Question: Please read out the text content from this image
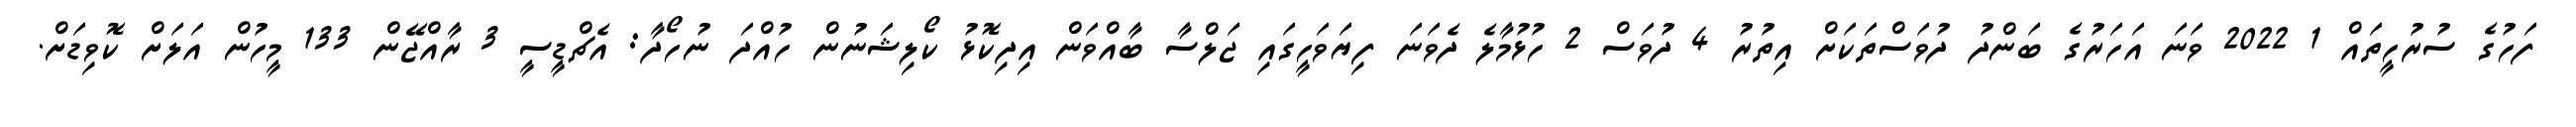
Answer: ފަހުގެ ސުރުހީތައް 1 2022 ވަނަ އަހަރުގެ ބަންދު ދުވަސްތަކަށް އިތުރު 4 ދުވަސް 2 ހުޅުމާލެ ދެވަނަ ފިޔަވަހީގައި ޖަލްސާ ބާއްވަން އިދިކޮޅު ކޯލިޝަނުން ހުއްދަ ނުހޯދާ: އެޗްޑީސީ 3 ރާއްޖޭން 133 މީހުން އަލަށް ކޮވިޑަށް.